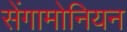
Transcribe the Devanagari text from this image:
सेंगामोनियन